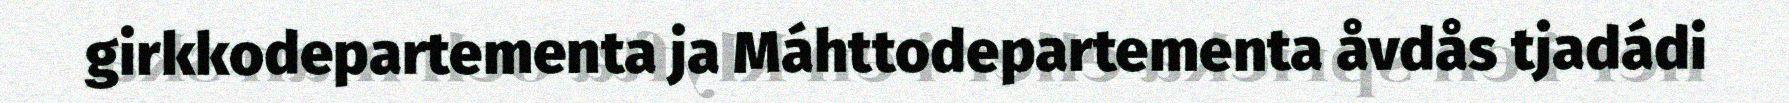
girkkodepartementa ja Máhttodepartementa åvdås tjadádi